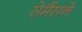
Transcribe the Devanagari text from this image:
सेमैंसने